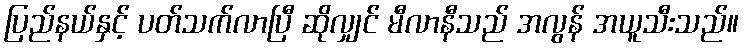
ပြည်နယ်နှင့် ပတ်သက်လာပြီ ဆိုလျှင် မီလာနီသည် အလွန် အယူသီးသည်။